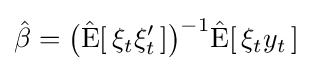
{\hat {\beta }}={\big (}{\hat {\operatorname {E} }}[\,\xi _{t}\xi _{t}'\,]{\big )}^{-1}{\hat {\operatorname {E} }}[\,\xi _{t}y_{t}\,]